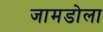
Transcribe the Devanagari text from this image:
जामडोला